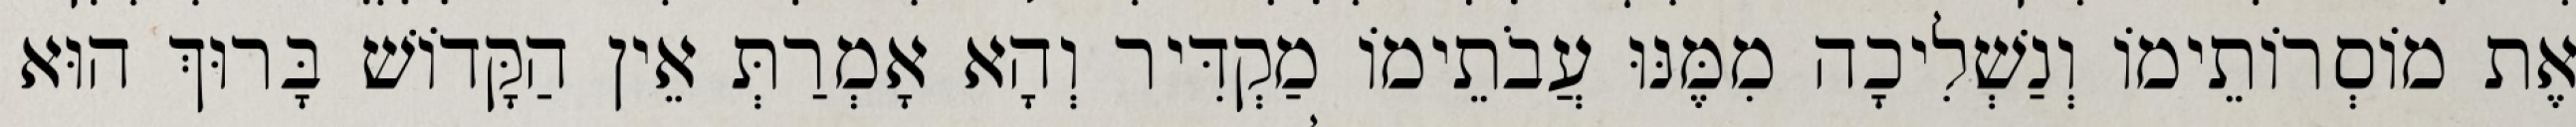
אֶת מוֹסְרוֹתֵימוֹ וְנַשְׁלִיכָה מִמֶּנּוּ עֲבֹתֵימוֹ מַקְדִּיר וְהָא אָמְרַתְּ אֵין הַקָּדוֹשׁ בָּרוּךְ הוּא